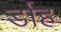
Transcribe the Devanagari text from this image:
र्डाह